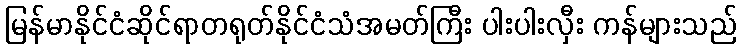
မြန်မာနိုင်ငံဆိုင်ရာတရုတ်နိုင်ငံသံအမတ်ကြီး ပါးပါးလှီး ကန်များသည်